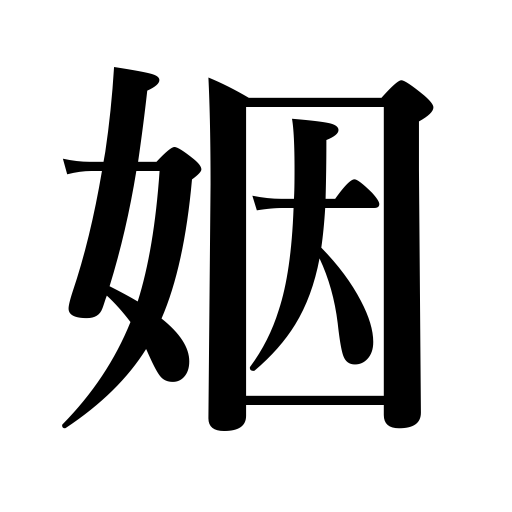
Meanings: marry